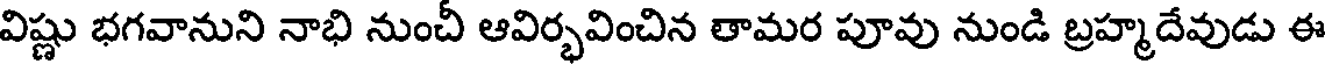
విష్ణు భగవానుని నాభి నుంచీ ఆవిర్భవించిన తామర పూవు నుండి బ్రహ్మదేవుడు ఈ